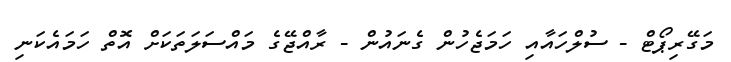
މަގޭރިޕޯޓް - ސުލްހައާއި ހަމަޖެހުން ގެނައުން - ރާއްޖޭގެ މައްސަލަތަކަށް އޮތް ހަމައެކަނި